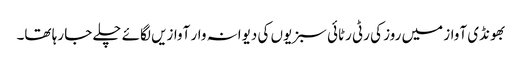
بھونڈی آواز میں روز کی رٹی رٹائی سبزیوں کی دیوانہ وار آوازیں لگائے چلے جا رہا تھا۔